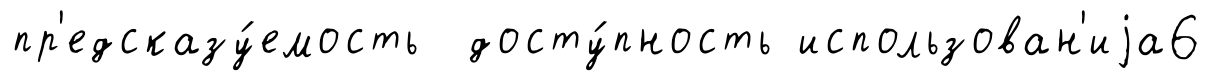
пр'едсказу́емость досту́пность использован'иjа6